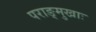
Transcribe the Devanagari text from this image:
पराङ्मुखाः